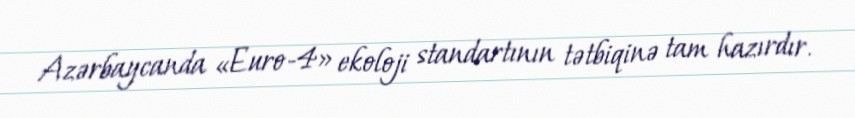
Azərbaycanda «Euro-4» ekoloji standartının tətbiqinə tam hazırdır.